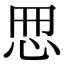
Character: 𢘁